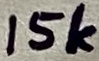
Text: 15k